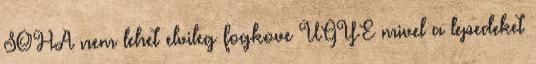
SOHA nem lehet elvileg fogkove UGYE mivel a lepedeket